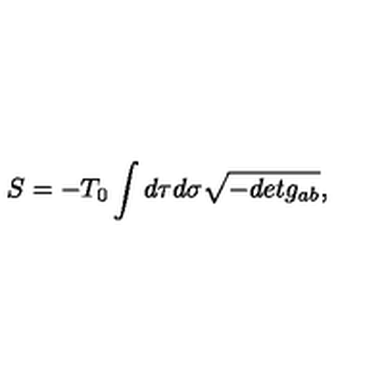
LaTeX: S = - T _ { 0 } \int d \tau d \sigma \sqrt { - d e t g _ { a b } } ,